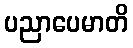
ပညာပေမာတိ